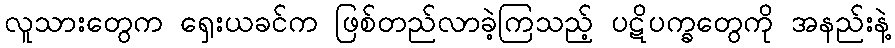
လူသားတွေက ရှေးယခင်က ဖြစ်တည်လာခဲ့ကြသည့် ပဋိပက္ခတွေကို အနည်းနဲ့